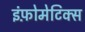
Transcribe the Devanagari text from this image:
इंफ़ोमेटिक्स